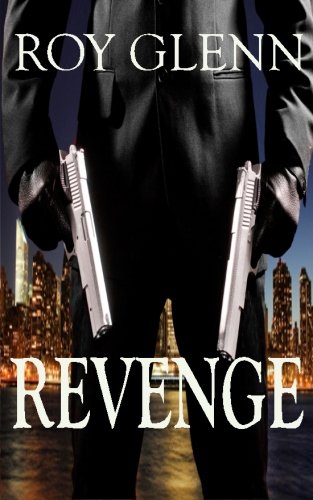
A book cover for Revenge; Roy Glenn; Mystery, Thriller & Suspense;